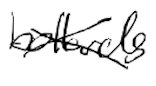
Text: bollards
Cross-out: cross
Writing tool: digital_black